NASA-UAP-D4, Apollo 11 Technical Crew Debriefing, 1969
Page 1
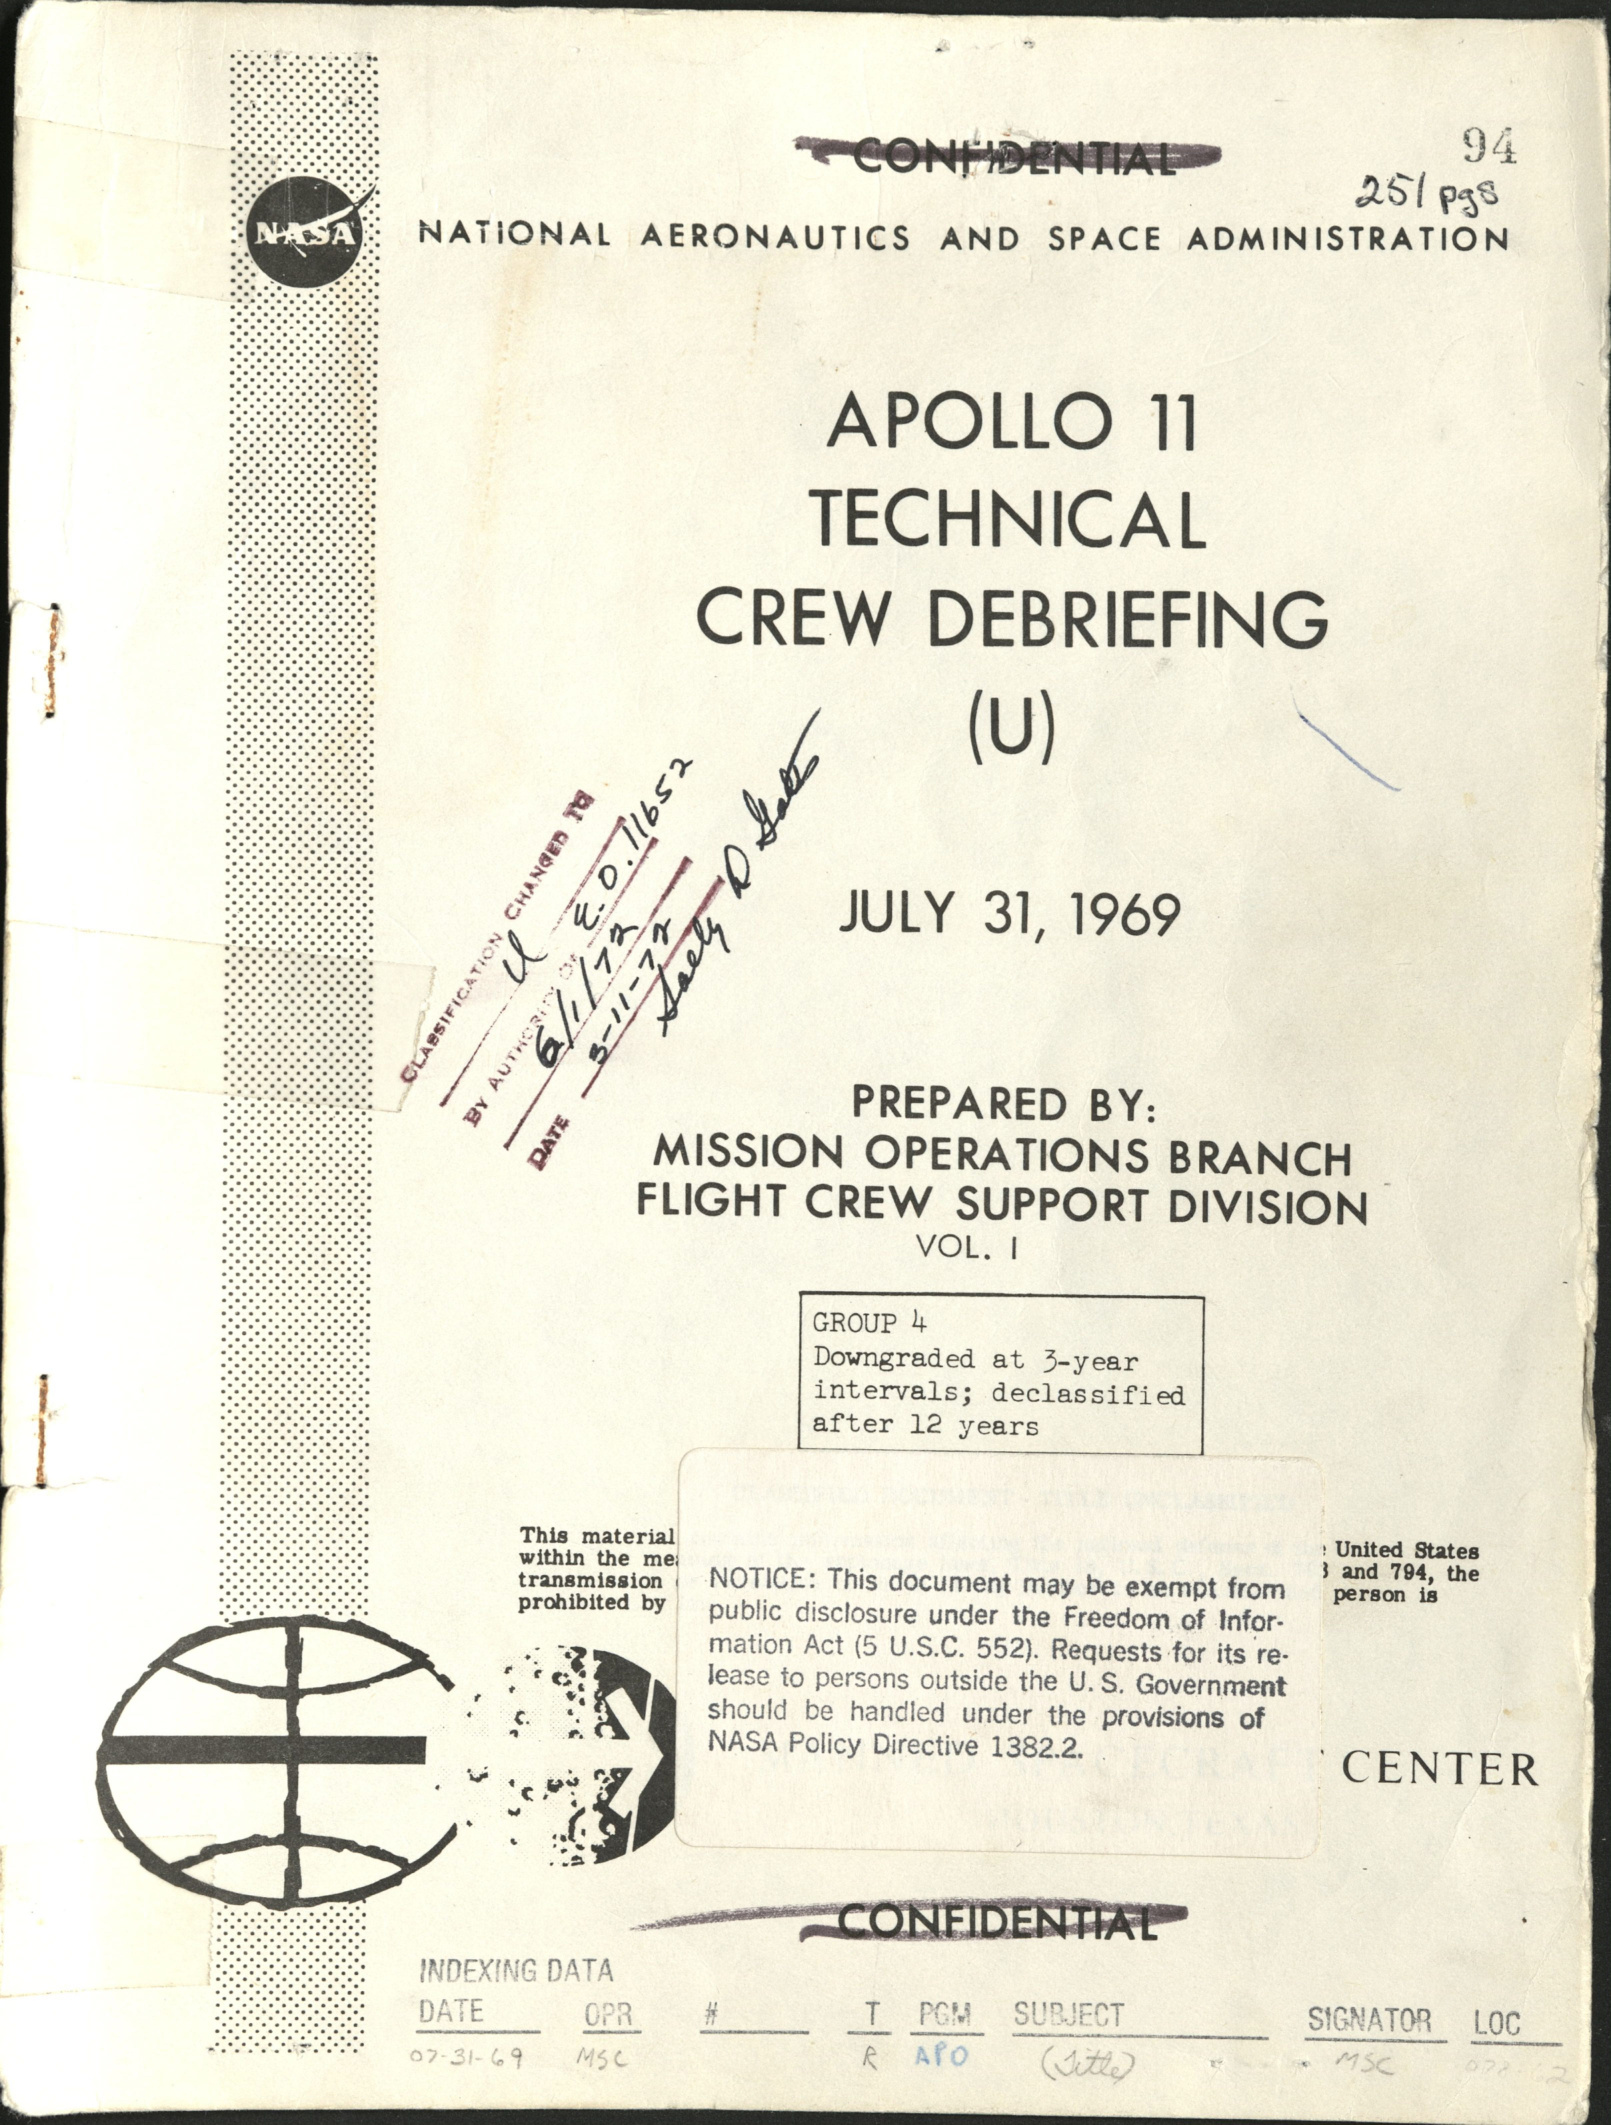